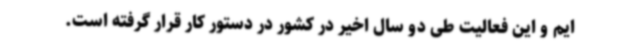
ایم و این فعالیت طی دو سال اخیر در کشور در دستور کار قرار گرفته است.